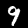
Label: 9